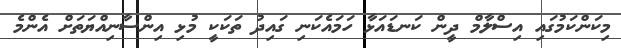
މިކަންކަމުގައި އިސްލާމް ދީން ކަނޑައަޅާ ހަމައެކަނި ގައިދު ތަކަކީ މުޅި އިންސާނިއްޔަތަށް އެންމެ